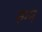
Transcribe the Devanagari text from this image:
रुग्न